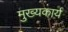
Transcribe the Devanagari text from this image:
मुख्यकार्य